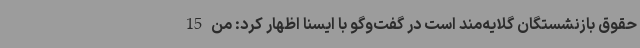
حقوق بازنشستگان گلایه‌مند است در گفت‌وگو با ایسنا اظهار کرد: من 15